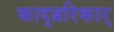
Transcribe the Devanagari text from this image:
काद्ब्ररिकार्